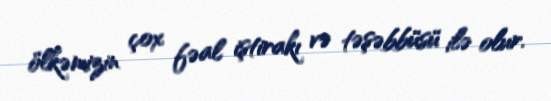
ölkəmizin çox fəal iştirakı və təşəbbüsü ilə olur.